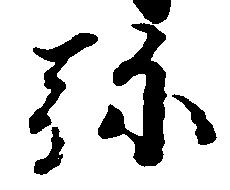
弥